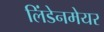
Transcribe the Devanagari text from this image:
लिंडेनमेयर